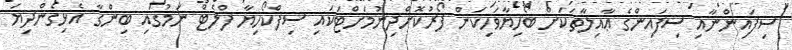
ސިފައިންނާއި ސިފައިންގެ ޢާއިލާތަކަށް ބޯހިޔާވަހިކަން ފޯރުކޮށްދިނުމަށްޓަކައި ސިފްކޯހިޔާ ފްލެޓް ނަމުގައި ބިންގާ އެޅިގެންދިޔަ